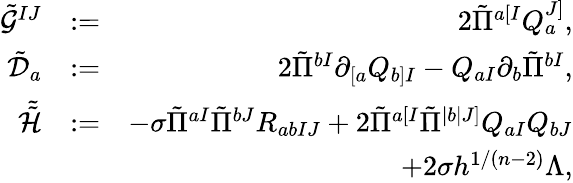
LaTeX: \begin{array}{rlr}{\tilde{\mathcal{G}}^{IJ}}&{:=}&{2\tilde{\Pi}^{a[I}Q_{a}^{J]},}\\ {\tilde{\mathcal{D}}_{a}}&{:=}&{2\tilde{\Pi}^{bI}\partial_{[a}Q_{b]I}-Q_{aI}\partial_{b}\tilde{\Pi}^{bI},}\\ {\tilde{\tilde{\mathcal{H}}}}&{:=}&{-\sigma\tilde{\Pi}^{aI}\tilde{\Pi}^{bJ}R_{abIJ}+2\tilde{\Pi}^{a[I}\tilde{\Pi}^{|b|J]}Q_{aI}Q_{bJ}}\\ &{}&{+2\sigma h^{1/(n-2)}\Lambda,}\end{array}